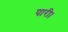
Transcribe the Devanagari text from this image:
पारी।